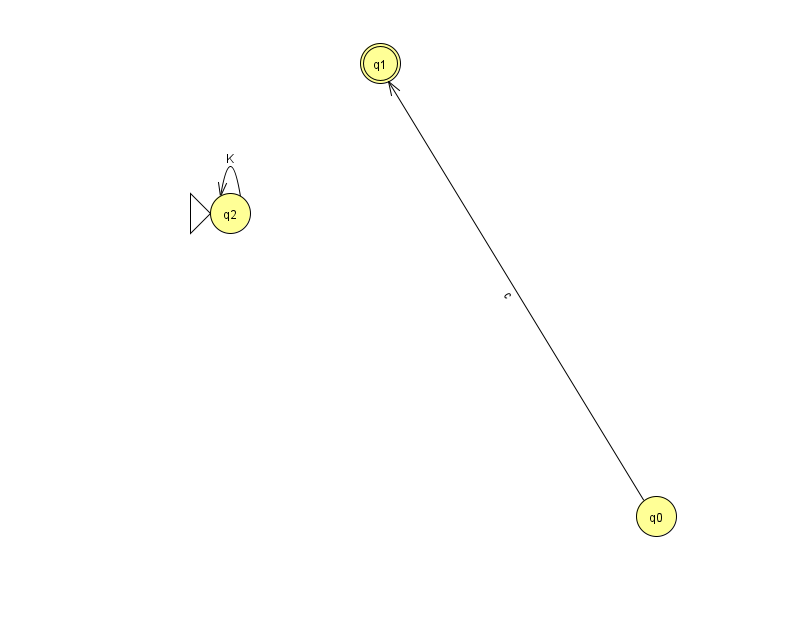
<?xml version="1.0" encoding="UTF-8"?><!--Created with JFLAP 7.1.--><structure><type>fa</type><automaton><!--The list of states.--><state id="0" name="q0"><x>656.0</x><y>503.0</y></state><state id="1" name="q1"><x>380.0</x><y>50.0</y><final/></state><state id="2" name="q2"><x>230.0</x><y>200.0</y><initial/></state><!--The list of transitions.--><transition><from>0</from><to>1</to><read>c</read></transition><transition><from>2</from><to>2</to><read>K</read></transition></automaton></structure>